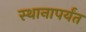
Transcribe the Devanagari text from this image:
स्थानापर्यंत